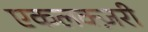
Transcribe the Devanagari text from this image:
एकलक्ज़री